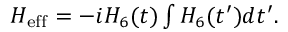
\begin{array} { r } { H _ { \mathrm { e f f } } = - i H _ { 6 } ( t ) \int H _ { 6 } ( t ^ { \prime } ) d t ^ { \prime } . } \end{array}